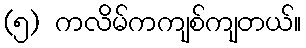
(၅) ကလိမ်ကကျစ်ကျတယ်။